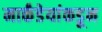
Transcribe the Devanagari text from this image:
मार्कंडेयांकडून